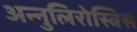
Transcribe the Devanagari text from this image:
अन्नुलिरोस्त्रिस